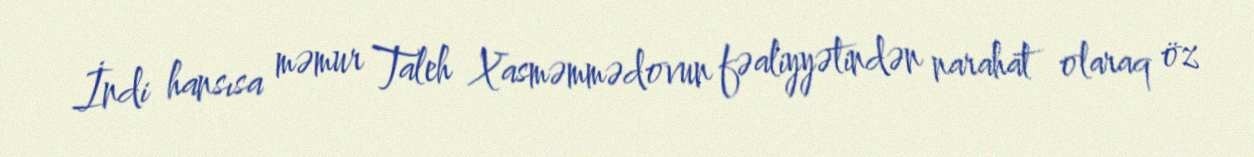
İndi hansısa məmur Taleh Xasməmmədovun fəaliyyətindən narahat olaraq öz